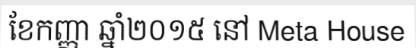
ខែកញ្ញា ឆ្នាំ២០១៥ នៅ Meta House